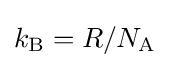
k_{\text{B}}=R/N_{\text{A}}